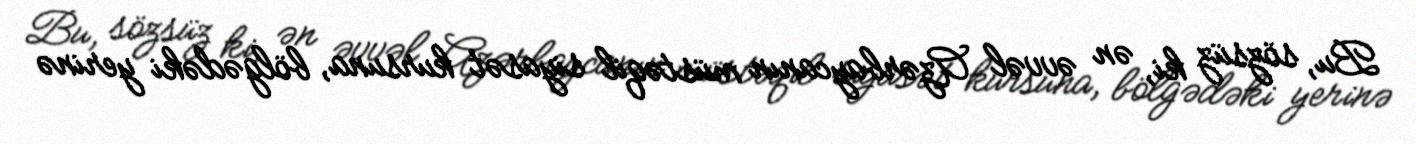
Bu, sözsüz ki, ən əvvəl Azərbaycanın müstəqil siyasət kursuna, bölgədəki yerinə